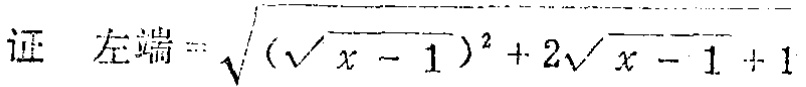
证 左端$=\sqrt{(\sqrt{x - 1})^{2}+2\sqrt{x - 1}+1}$